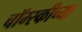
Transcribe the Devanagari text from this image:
चॉम्स्कीच्या